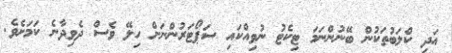
އަދި ކްލަބުތަކުން ބޭނުންނަމަ ޓިކެޓު ނުވިއްކަައި ސަޕޯޓަރުންނަށް ހިލޭ ވެސް ދެވިދާނެ ކަމަށެވެ.